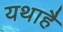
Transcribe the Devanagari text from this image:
यथाहै